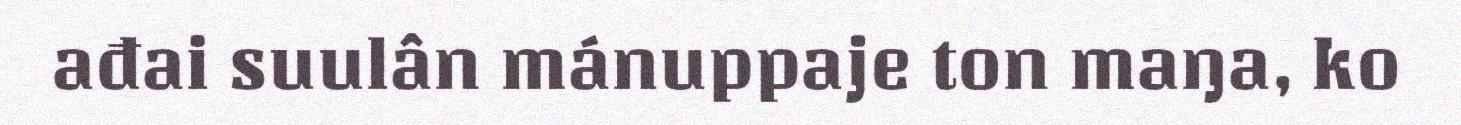
ađai suulân mánuppaje ton maŋa, ko